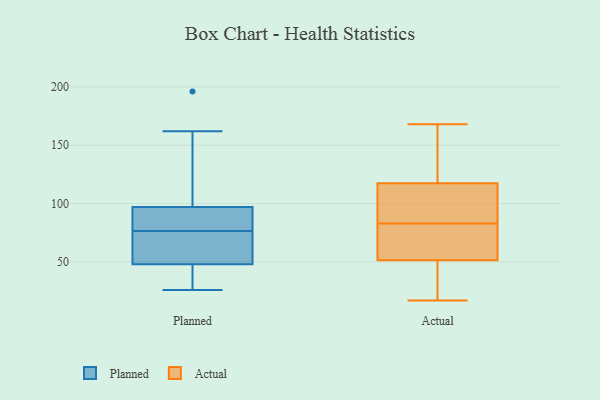
{"axis": {"x": "Page Views", "y": "Value"}, "legend": ["Actual", "Planned"], "data": [{"x": "", "y": 90, "type": "Planned"}, {"x": "", "y": 32, "type": "Planned"}, {"x": "", "y": 60, "type": "Planned"}, {"x": "", "y": 162, "type": "Planned"}, {"x": "", "y": 107, "type": "Planned"}, {"x": "", "y": 38, "type": "Planned"}, {"x": "", "y": 53, "type": "Planned"}, {"x": "", "y": 71, "type": "Planned"}, {"x": "", "y": 97, "type": "Planned"}, {"x": "", "y": 160, "type": "Planned"}, {"x": "", "y": 196, "type": "Planned"}, {"x": "", "y": 26, "type": "Planned"}, {"x": "", "y": 88, "type": "Planned"}, {"x": "", "y": 97, "type": "Planned"}, {"x": "", "y": 48, "type": "Planned"}, {"x": "", "y": 77, "type": "Planned"}, {"x": "", "y": 41, "type": "Planned"}, {"x": "", "y": 76, "type": "Planned"}, {"x": "", "y": 69, "type": "Actual"}, {"x": "", "y": 116, "type": "Actual"}, {"x": "", "y": 28, "type": "Actual"}, {"x": "", "y": 53, "type": "Actual"}, {"x": "", "y": 153, "type": "Actual"}, {"x": "", "y": 83, "type": "Actual"}, {"x": "", "y": 22, "type": "Actual"}, {"x": "", "y": 93, "type": "Actual"}, {"x": "", "y": 109, "type": "Actual"}, {"x": "", "y": 51, "type": "Actual"}, {"x": "", "y": 17, "type": "Actual"}, {"x": "", "y": 95, "type": "Actual"}, {"x": "", "y": 70, "type": "Actual"}, {"x": "", "y": 62, "type": "Actual"}, {"x": "", "y": 118, "type": "Actual"}, {"x": "", "y": 168, "type": "Actual"}, {"x": "", "y": 49, "type": "Actual"}, {"x": "", "y": 155, "type": "Actual"}, {"x": "", "y": 118, "type": "Actual"}]}